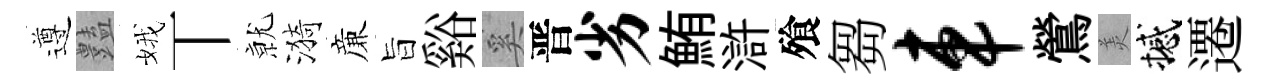
遵𧰟娥丅𭕒漪亷旨谿奚晋劣鮪滸飱芻车鶯羙撼遷